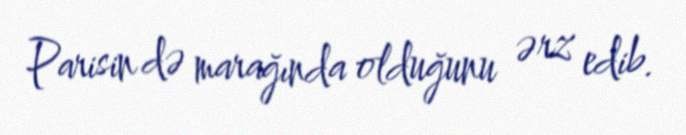
Parisin də marağında olduğunu ərz edib.